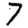
Digit: 7